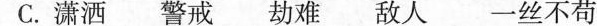
C. 潇洒 警戒 劫难 敌人 一丝不苟